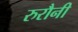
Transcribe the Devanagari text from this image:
रुरौनी